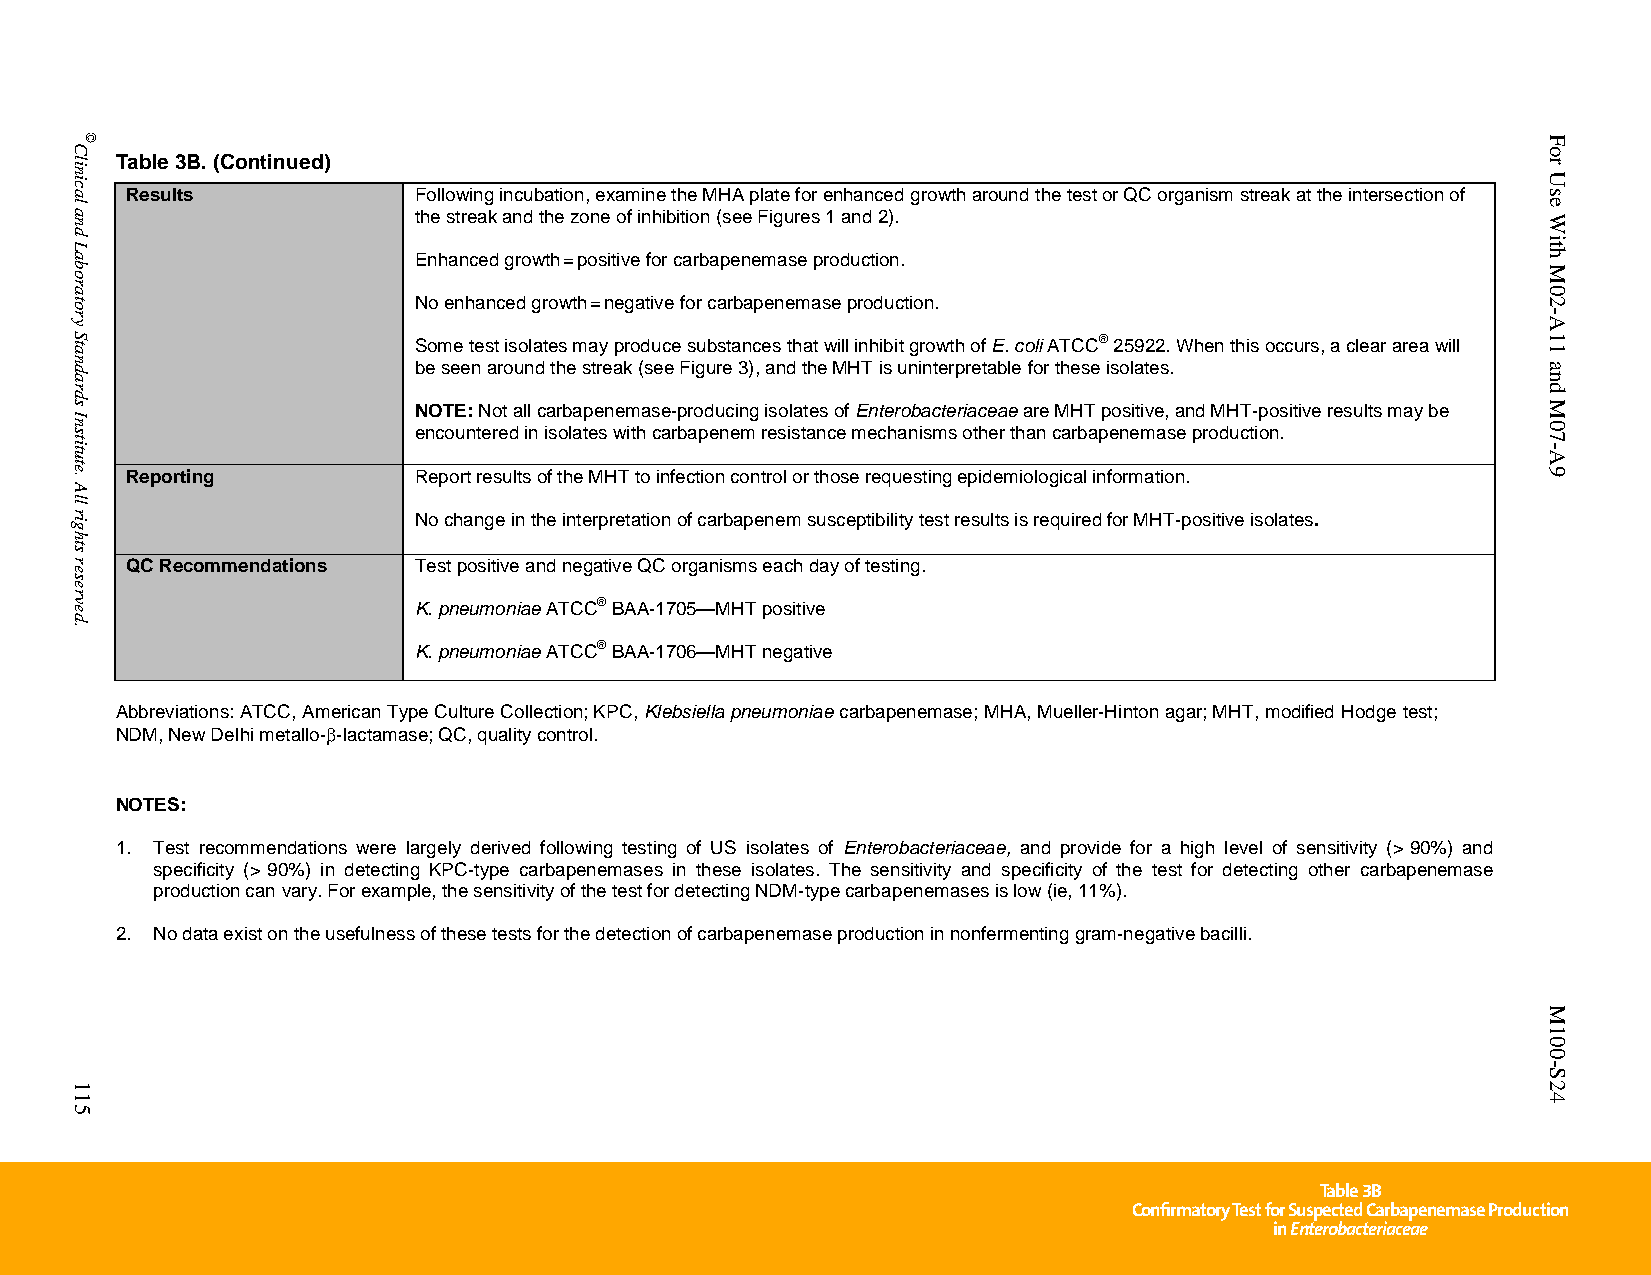
Table 3B. (Continued)
 Results            Following incubation, examine the MHA plate for enhanced growth around the test or QC organism streak at the intersection of
 the streak and the zone of inhibition (see Figures 1 and 2).
 Enhanced growth=positive for carbapenemase production.
 No enhanced growth=negative for carbapenemase production.
 Some test isolates may produce substances that will inhibit growth of E. coli ATCC® 25922. When this occurs, a clear area will
 be seen around the streak (see Figure 3), and the MHT is uninterpretable for these isolates.
 NOTE: Not all carbapenemase-producing isolates of Enterobacteriaceae are MHT positive, and MHT-positive results may be
 encountered in isolates with carbapenem resistance mechanisms other than carbapenemase production.
 Reporting          Report results of the MHT to infection control or those requesting epidemiological information.
 No change in the interpretation of carbapenem susceptibility test results is required for MHT-positive isolates.
 QC Recommendations Test positive and negative QC organisms each day of testing.
 K. pneumoniae ATCC® BAA-1705—MHT positive
 K. pneumoniae ATCC® BAA-1706—MHT negative
 Abbreviations: ATCC, American Type Culture Collection; KPC, Klebsiella pneumoniae carbapenemase; MHA, Mueller-Hinton agar; MHT, modified Hodge test;
 NDM, New Delhi metallo--lactamase; QC, quality control.
 NOTES:
 1. Test recommendations were largely derived following testing of US isolates of Enterobacteriaceae, and provide for a high level of sensitivity (> 90%) and
 specificity (> 90%) in detecting KPC-type carbapenemases in these isolates. The sensitivity and specificity of the test for detecting other carbapenemase
 production can vary. For example, the sensitivity of the test for detecting NDM-type carbapenemases is low (ie, 11%).
 2. No data exist on the usefulness of these tests for the detection of carbapenemase production in nonfermenting gram-negative bacilli.
 Table 3B
 Confirmatory Test for Suspected Carbapenemase Production
 in Enterobacteriaceae
 PublishedOn1/1/2014. Thisdocumentisprotectedbycopyright.
 Clinical
 and
 Laboratory
 Standards
 Institute.
 All
 rights
 reserved.
 115
 ©                                                                                                For
 Use
 With
 M02-A11
 and
 M07-A9
 M100-S24